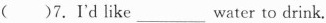
( )7.I'd like ___ water to drink.